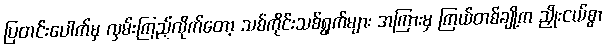
ပြတင်းပေါက်မှ လှမ်းကြည့်လိုက်တော့ သစ်ကိုင်းသစ်ရွက်များ အကြားမှ ကြယ်တစ်ချို့က ညှိုးငယ်စွာ